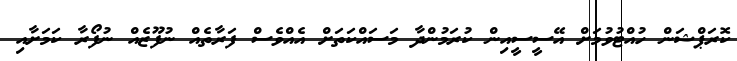
ކޮރަޕްޝަން ހުއްޓުވުމަށް އޭސީސީއިން ކުރަމުންދާ މަސައްކަތަށް އެއްވެސް ފަރާތެއް ނުފޫޒެއް ނުފޯރާ ކަމަށާއި